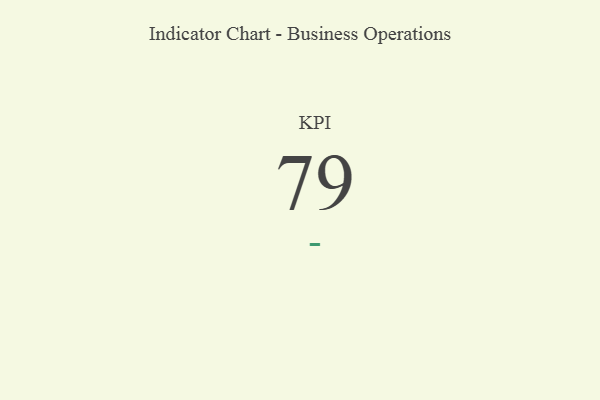
{"axis": {"x": "KPI", "y": "Value"}, "legend": [""], "data": [{"x": "KPI", "y": 79, "type": ""}]}